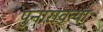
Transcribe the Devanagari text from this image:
पुनारावृत्या